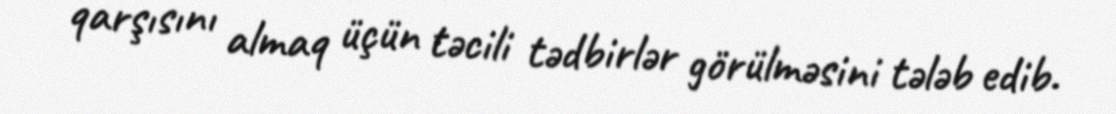
qarşısını almaq üçün təcili tədbirlər görülməsini tələb edib.